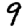
Digit: 9